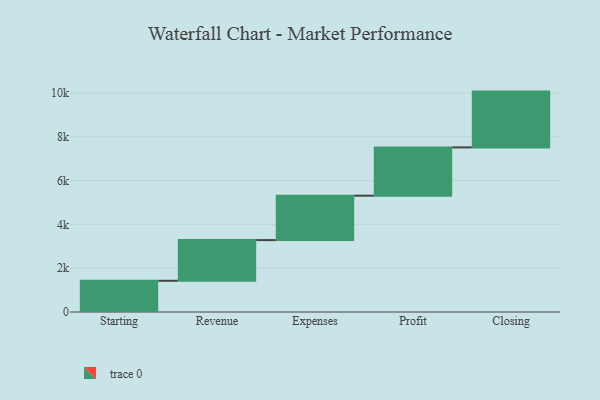
{"axis": {"x": "Step", "y": "Value"}, "legend": [""], "data": [{"x": "Starting", "y": 1425.0, "type": ""}, {"x": "Revenue", "y": 1858.0, "type": ""}, {"x": "Expenses", "y": 2029.0, "type": ""}, {"x": "Profit", "y": 2204.0, "type": ""}, {"x": "Closing", "y": 2548.0, "type": ""}]}